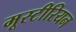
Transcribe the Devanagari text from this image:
मूस्टीरियन